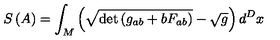
S \left( A \right) = \int _ { M } \left( \sqrt { \det \left( g _ { a b } + b F _ { a b } \right) } - \sqrt { g } \right) d ^ { D } x